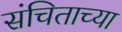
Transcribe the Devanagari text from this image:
संचिताच्या